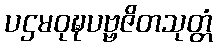
ပဌမဝုဍ္ဎပဗ္ဗဇိတသုတ္တံ